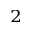
^ { 2 }